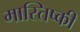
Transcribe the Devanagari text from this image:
मास्तिष्की